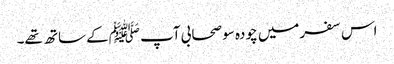
اس سفرمیں چودہ سو صحابی آپ ﷺکے ساتھ تھے۔